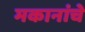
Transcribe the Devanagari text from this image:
मकानांचे